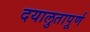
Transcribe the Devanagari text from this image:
दयालुतापूर्ण